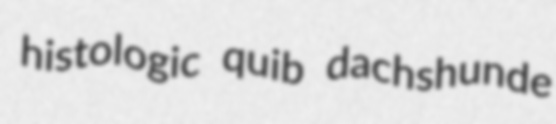
histologic quib dachshunde